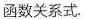
函数关系式.